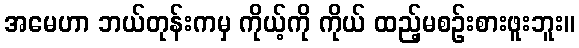
အမေဟာ ဘယ်တုန်းကမှ ကိုယ့်ကို ကိုယ် ထည့်မစဉ်းစားဖူးဘူး။